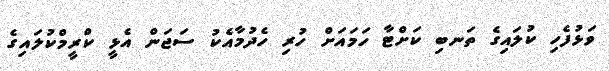
ވަޅުފެހި ކުލައިގެ ތަނބި ކަށްޓާ ހަމައަށް ހުރި ހެދުމާއެކު ސަޖަން އެޅީ ކްރީމްކުލައިގެ